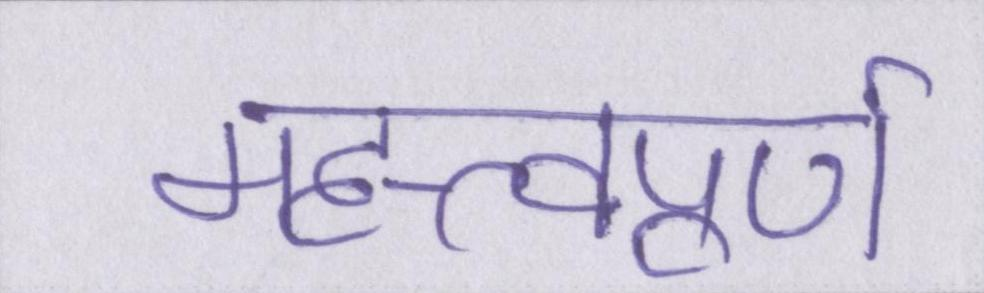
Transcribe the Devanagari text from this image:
महत्त्वपूर्ण